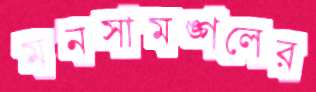
মনসামঙ্গলের